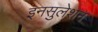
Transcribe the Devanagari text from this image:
इनसुलेशन